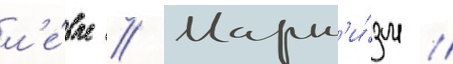
л'е́вые // Маркс'и́зм //